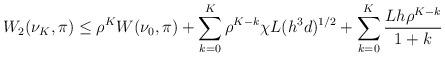
LaTeX: \begin{align*}W_2(\nu_{K},\pi)\le \rho^K W(\nu_0,\pi)+\sum_{k=0}^K \rho^{K-k} \chi L(h^3 d)^{1/2}+\sum_{k=0}^K \frac{Lh\rho^{K-k}}{1+k}\end{align*}